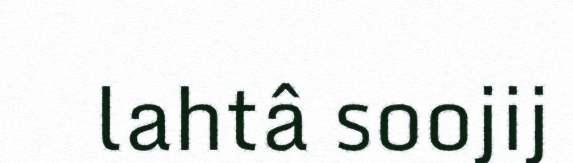
lahtâ soojij